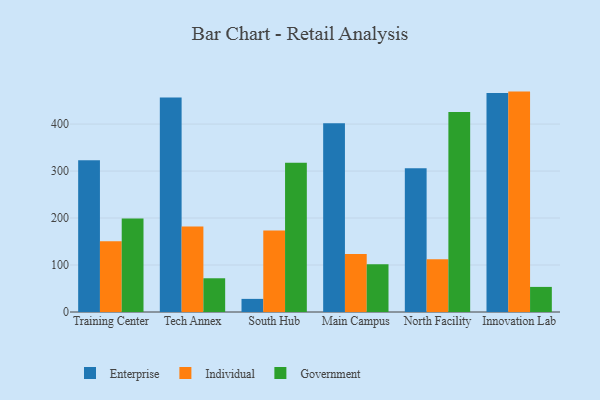
{"axis": {"x": "Campus", "y": "Headcount"}, "legend": ["Enterprise", "Government", "Individual"], "data": [{"x": "Training Center", "y": 323.1, "type": "Enterprise"}, {"x": "Training Center", "y": 150.4, "type": "Individual"}, {"x": "Training Center", "y": 198.9, "type": "Government"}, {"x": "Tech Annex", "y": 456.6, "type": "Enterprise"}, {"x": "Tech Annex", "y": 182.2, "type": "Individual"}, {"x": "Tech Annex", "y": 71.8, "type": "Government"}, {"x": "South Hub", "y": 27.9, "type": "Enterprise"}, {"x": "South Hub", "y": 173.3, "type": "Individual"}, {"x": "South Hub", "y": 317.8, "type": "Government"}, {"x": "Main Campus", "y": 401.5, "type": "Enterprise"}, {"x": "Main Campus", "y": 123.6, "type": "Individual"}, {"x": "Main Campus", "y": 101.6, "type": "Government"}, {"x": "North Facility", "y": 306.2, "type": "Enterprise"}, {"x": "North Facility", "y": 112.2, "type": "Individual"}, {"x": "North Facility", "y": 425.9, "type": "Government"}, {"x": "Innovation Lab", "y": 465.9, "type": "Enterprise"}, {"x": "Innovation Lab", "y": 469.1, "type": "Individual"}, {"x": "Innovation Lab", "y": 53.4, "type": "Government"}]}